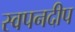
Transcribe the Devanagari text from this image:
स्वपनदीप